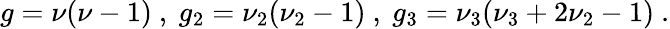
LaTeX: g=\nu(\nu-1)\ ,\ g_{2}=\nu_{2}(\nu_{2}-1)\ ,\ g_{3}=\nu_{3}(\nu_{3}+2\nu_{2}-1)\ .